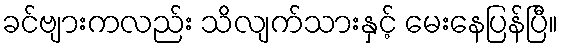
ခင်ဗျားကလည်း သိလျက်သားနှင့် မေးနေပြန်ပြီ။